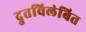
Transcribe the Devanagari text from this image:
द्रुतविलंबित